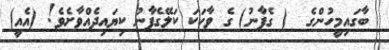
ބާގައިމީހުންގެ  ( ގެފާނު) ގެ ވާހަކަ ކަލޭގެފާނު ކިޔައިދެއްވާށެވެ! (އެއީ)